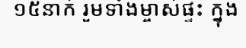
១៥នាក់ រួមទាំងម្ចាស់ផ្ទះ ក្នុង